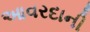
આવરદાની